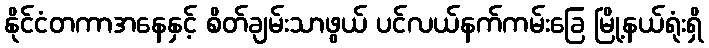
နိုင်ငံတကာအနေနှင့် စိတ်ချမ်းသာဖွယ် ပင်လယ်နက်ကမ်းခြေ မြို့နယ်ရုံးရှိ